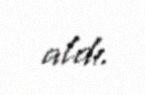
aldı.